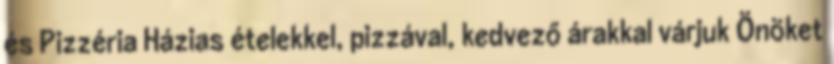
és Pizzéria Házias ételekkel, pizzával, kedvező árakkal várjuk Önöket